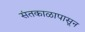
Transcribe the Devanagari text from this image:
संतकाळापासून